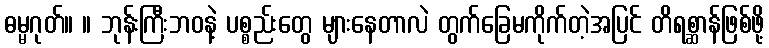
ဓမ္မဂုတ်။ ။ ဘုန်းကြီးဘဝနဲ့ ပစ္စည်းတွေ များနေတာလဲ တွက်ခြေမကိုက်တဲ့အပြင် တိရစ္ဆာန်ဖြစ်ဖို့